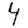
Digit: 4